Civil Veterinary Dept. North-West Frontier Province 1901-22 - 1901-1922
Year: 1901
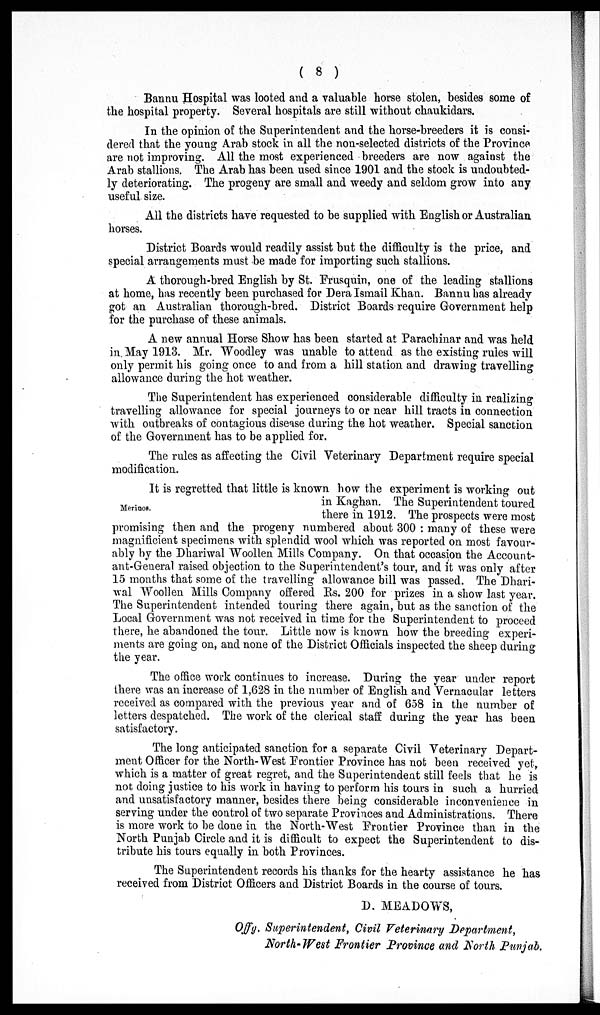
( 8 )
Bannu Hospital was looted and a valuable horse stolen, besides some of
the hospital property. Several hospitals are still without chaukidars.
In the opinion of the Superintendent and the horse-breeders it is consi-
dered that the young Arab stock in all the non-selected districts of the Province
are not improving. All the most experienced breeders are now against the
Arab stallions. The Arab has been used since 1901 and the stock is undoubted-
ly deteriorating. The progeny are small and weedy and seldom grow into any
useful size.
All the districts have requested to be supplied with English or Australian
horses.
District Boards would readily assist but the difficulty is the price, and
special arrangements must be made for importing such stallions.
A thorough-bred English by St. Frusquin, one of the leading stallions
at home, has recently been purchased for Dera Ismail Khan. Bannu has already
got an Australian thorough-bred. District Boards require Government help
for the purchase of these animals.
A new annual Horse Show has been started at Parachinar and was held
in May 1913. Mr. Woodley was unable to attend as the existing rules will
only permit his going once to and from a hill station and drawing travelling
allowance during the hot weather.
The Superintendent has experienced considerable difficulty in realizing
travelling allowance for special journeys to or near hill tracts in connection
with outbreaks of contagious disease during the hot weather. Special sanction
of the Government has to be applied for.
The rules as affecting the Civil Veterinary Department require special
modification.
Merinos.
It is regretted that little is known how the experiment is working out
in Kaghan. The Superintendent toured
there in 1912. The prospects were most
promising then and the progeny numbered about 300: many of these were
magnificient specimens with splendid wool which was reported on most favour-
ably by the Dhariwal Woollen Mills Company. On that occasion the Account-
ant-General raised objection to the Superintendent's tour, and it was only after
15 months that some of the travelling allowance bill was passed. The Dhari-
wal Woollen Mills Company offered Rs. 200 for prizes in a show last year.
The Superintendent intended touring there again, but as the sanction of the
Local Government was not received in time for the Superintendent to proceed
there, he abandoned the tour. Little now is known how the breeding experi-
ments are going on, and none of the District Officials inspected the sheep during
the year.
The office work continues to increase. During the year under report
there was an increase of 1,628 in the number of English and Vernacular letters
received as compared with the previous year and of 658 in the number of
letters despatched. The work of the clerical staff during the year has been
satisfactory.
The long anticipated sanction for a separate Civil Veterinary Depart-
ment Officer for the North-West Frontier Province has not been received yet,
which is a matter of great regret, and the Superintendent still feels that he is
not doing justice to his work in having to perform his tours in such a hurried
and unsatisfactory manner, besides there being considerable inconvenience in
serving under the control of two separate Provinces and Administrations. There
is more work to be done in the North-West Frontier Province than in the
North Punjab Circle and it is difficult to expect the Superintendent to dis-
tribute his tours equally in both Provinces.
The Superintendent records his thanks for the hearty assistance he has
received from District Officers and District Boards in the course of tours.
D. MEADOWS,
Offg. Superintendent, Civil Veterinary Department,
North-West Frontier Province and North Punjab.